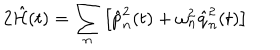
2 \hat { { \cal H } } ( t ) = \sum _ { n } \left[ \hat { p } _ { n } ^ { 2 } ( t ) + \omega _ { n } ^ { 2 } \hat { q } _ { n } ^ { 2 } ( t ) \right]